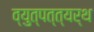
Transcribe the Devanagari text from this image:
व्युत्पत्त्यर्थ